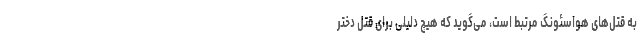
به قتل‌های هواسئونگ مرتبط است، می‌گوید که هیچ دلیلی برای قتل دختر